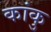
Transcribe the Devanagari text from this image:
कांकु